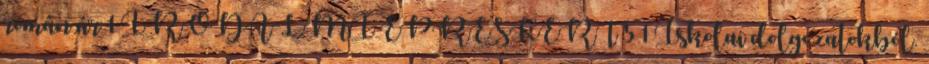
román ár 1 IRODALMI EPRESKERT 5 1 Iskolai dolgozatokból.